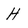
Character: H